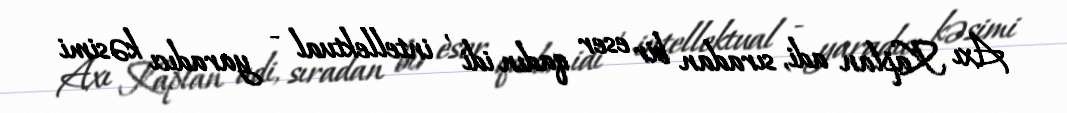
Axı Kaplan adi, sıradan bir eser qadın idi , intellektual - yaradıcı kəsimi